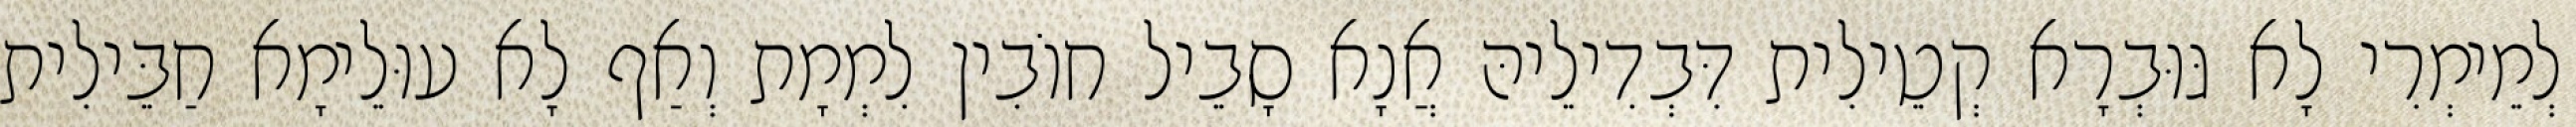
לְמֵימְרִי לָא גּוּבְרָא קְטֵילִית דִּבְדִילֵיהּ אֲנָא סָבֵיל חוֹבִין לִמְמָת וְאַף לָא עוּלֵימָא חַבֵּילִית